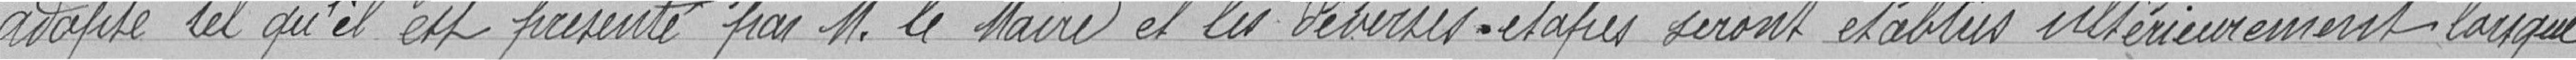
adapté tel qu'il est présenté par M.le Maire et les diverses étapes seront établies ultérieurement lorsque